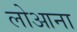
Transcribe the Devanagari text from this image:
लोआना